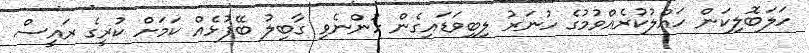
ހަލަބޮލިކަން ހައްލުކުރެއްވުމުގެ ހުނަރު ލިބިވަޑައިގެން ހުންނެވި ގާބިލު ބޭފުޅެއް ކަމަށް ކުރީގެ ރައީސް